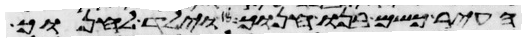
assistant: העיר כשם בנו חנוך ויולד לחנוך